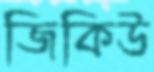
জিকিউ